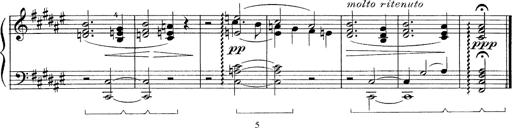
Title: FÃ¼nf KlavierstÃ¼cke
Composer: Franz Liszt